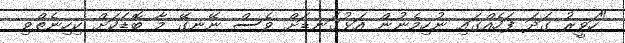
"ހަވީރު ގަދަ ފަހެއްގައި ނުހިމެނުން އަޅުގަނޑަށް ވެސް ނޭނގޭ މާ ބޮޑަކަށް ކިހިނެތްވި